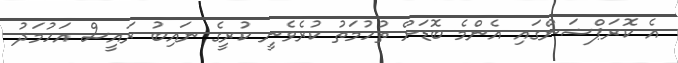
އެ ކޮރަޕްޝަންގައި އެންމެ ބޮޑަށް ތުހުމަތު ކުރެވެނީ ކުރީގެ ނައިބު ރައީސް އަހުމަދު